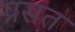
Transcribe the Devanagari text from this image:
प्रसत